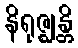
နိရုဇ္ဈန္တိ